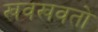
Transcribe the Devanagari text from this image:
खवखवतो